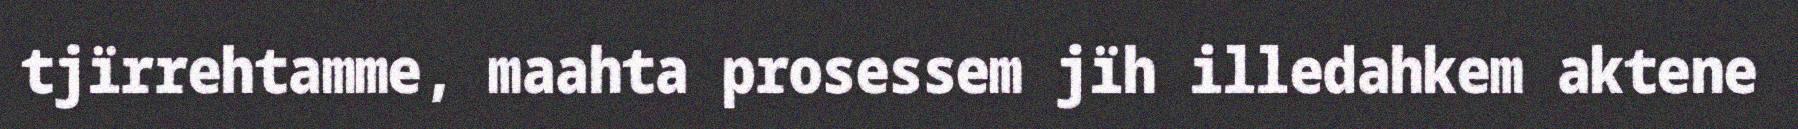
tjïrrehtamme, maahta prosessem jïh illedahkem aktene